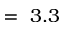
= ~ 3 . 3